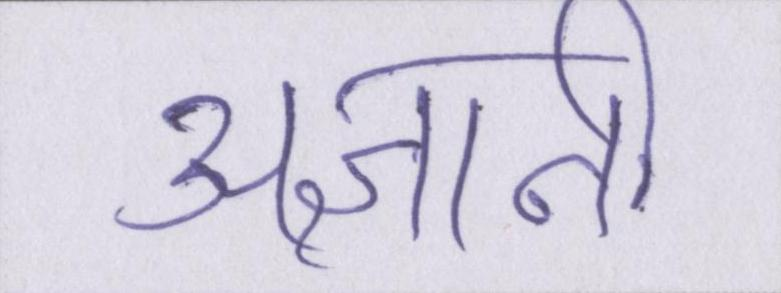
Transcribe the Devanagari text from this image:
अज्ञानी